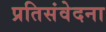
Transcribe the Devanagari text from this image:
प्रतिसंवेदना